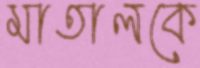
মাতালকে